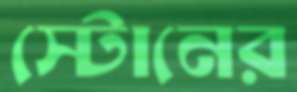
স্টোনের